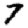
Digit: 7